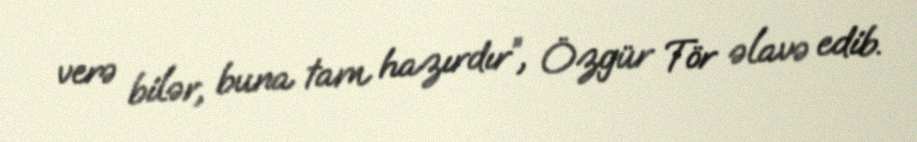
verə bilər, buna tam hazırdır”, Özgür Tör əlavə edib.